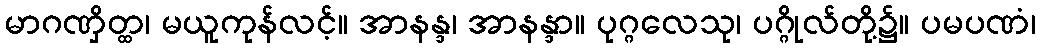
မာဂဏှိတ္ထ၊ မယူကုန်လင့်။ အာနန္ဒ၊ အာနန္ဒာ။ ပုဂ္ဂလေသု၊ ပဂ္ဂိုလ်တို့၌။ ပမပဏံ၊